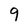
Character: 9